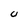
Character: U